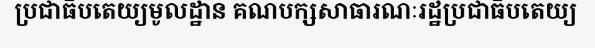
ប្រជាធិបតេយ្យមូលដ្ឋាន គណបក្សសាធារណៈរដ្ឋប្រជាធិបតេយ្យ